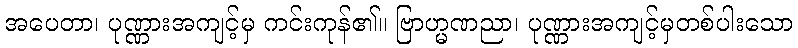
အပေတာ၊ ပုဏ္ဏားအကျင့်မှ ကင်းကုန်၏။ ဗြာဟ္မဏညာ၊ ပုဏ္ဏားအကျင့်မှတစ်ပါးသော